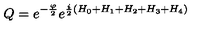
Q = e ^ { - { \frac { \varphi } { 2 } } } e ^ { { \frac { i } { 2 } } \left( H _ { 0 } + H _ { 1 } + H _ { 2 } + H _ { 3 } + H _ { 4 } \right) }